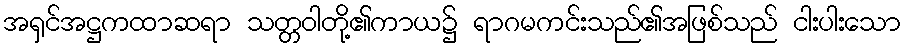
အရှင်အဋ္ဌကထာဆရာ သတ္တဝါတို့၏ကာယ၌ ရာဂမကင်းသည်၏အဖြစ်သည် ငါးပါးသော